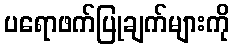
ပရောဖက်ပြုချက်များကို